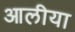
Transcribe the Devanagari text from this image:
आलीया